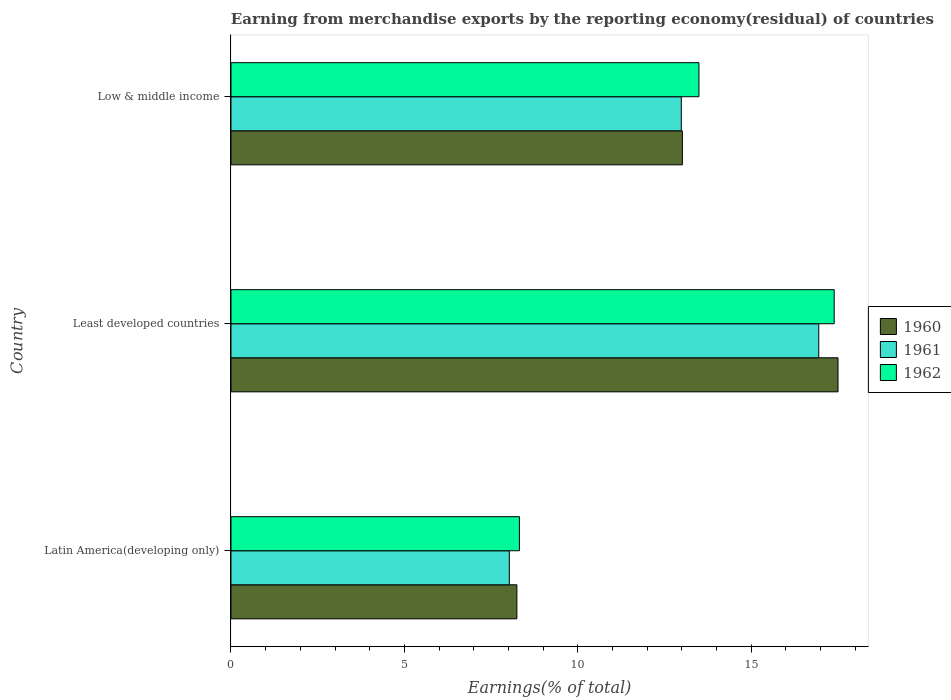
| Country | 1960 | 1961 | 1962 |
 | --- | --- | --- | --- |
 | Latin America(developing only) | 8.24 | 8.03 | 8.32 |
 | Least developed countries | 17.5 | 16.9 | 17.4 |
 | Low & middle income | 13 | 13 | 13.5 |